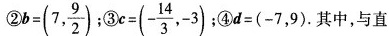
② $$b = ( 7 , \frac{ 9 }{ 2 })$$;③$$c = ( - \frac{ 1 4 }{ 3 } , - 3 )$$ ④$$4 = ( - 7 ， 9 )$$。其中，与直